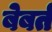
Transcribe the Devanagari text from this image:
बेबर्त